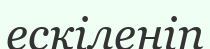
ескіленіп